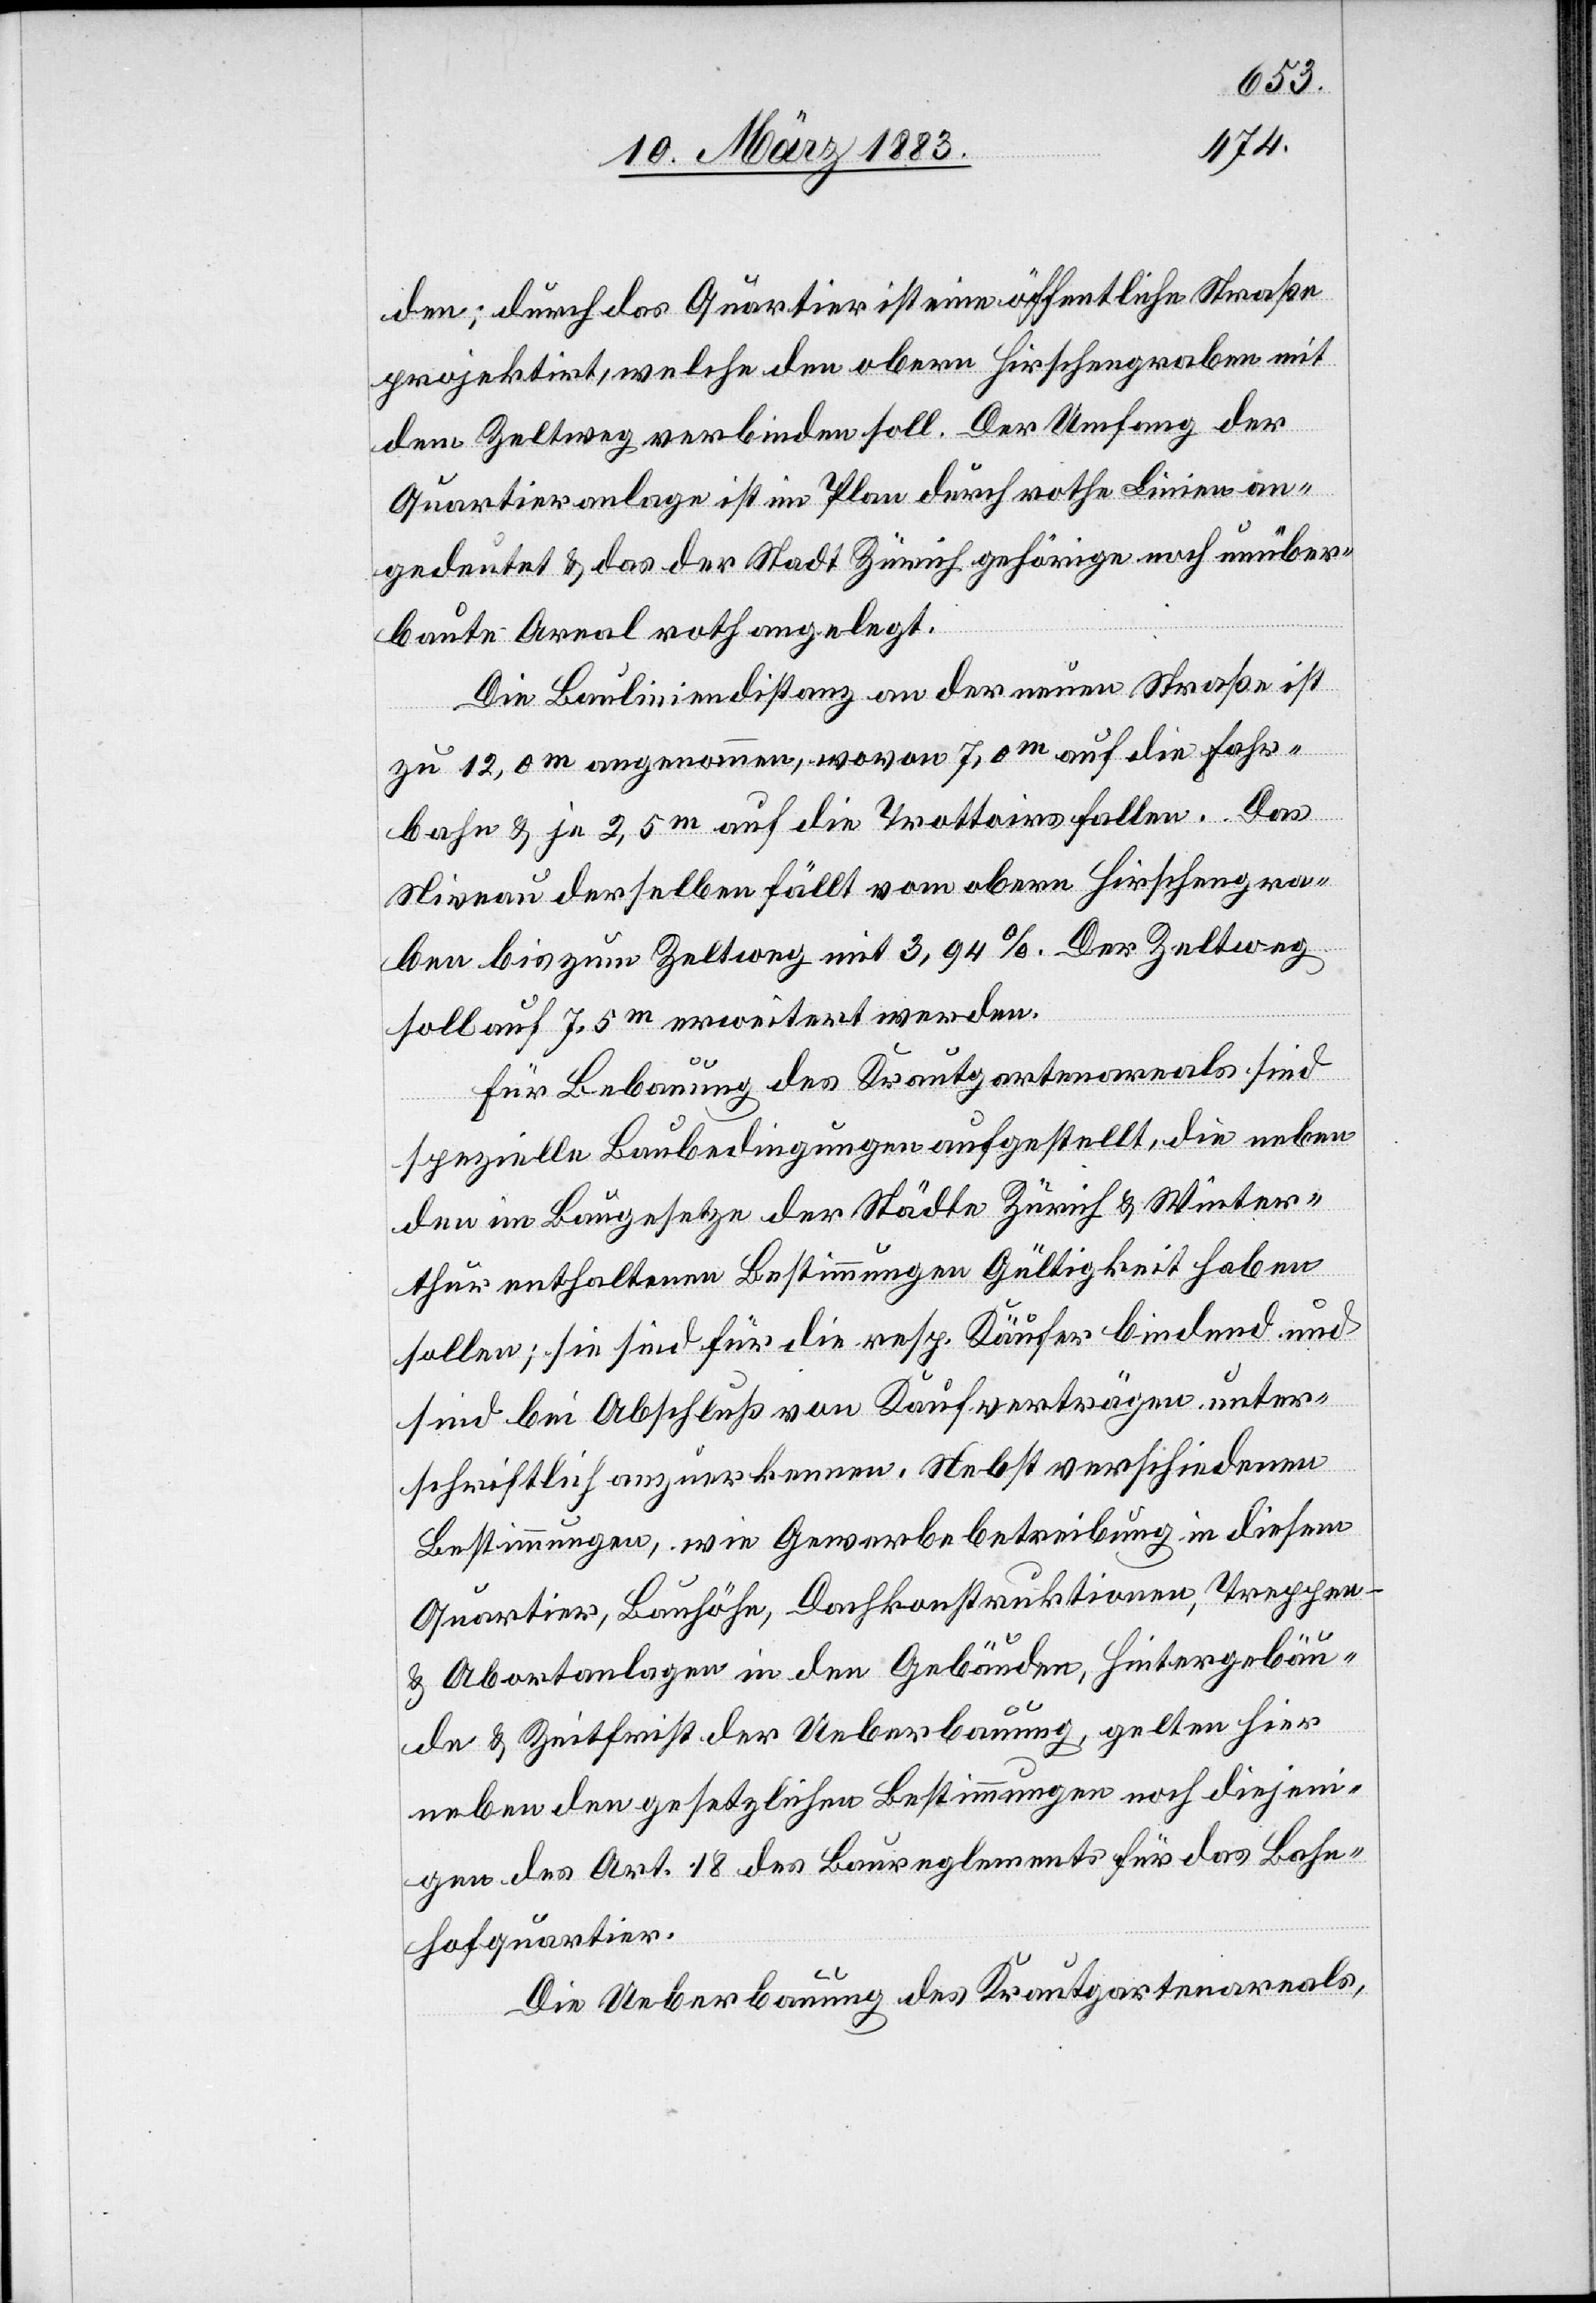
450.
1881
a.
die